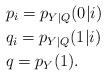
LaTeX: \begin{align*}&p_i=p_{Y|Q}(0|i)\\&q_i=p_{Y|Q}(1|i)\\&q=p_{Y}(1).\end{align*}